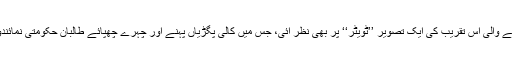
دستخط کے موقع پر ہونے والی اس تقریب کی ایک تصویر ’’ٹویٹر‘‘ پر بھی نظر آئی، جس میں کالی پگڑیاں پہنے اور چہرے چھپائے طالبان حکومتی نمائندوں کے ساتھ بیٹھے ہیں۔